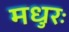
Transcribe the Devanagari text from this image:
मधुरः